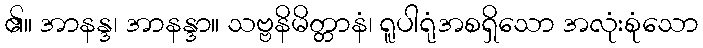
၏။ အာနန္ဒ၊ အာနန္ဒာ။ သဗ္ဗနိမိတ္တာနံ၊ ရူပါရုံအစရှိသော အလုံးစုံသော